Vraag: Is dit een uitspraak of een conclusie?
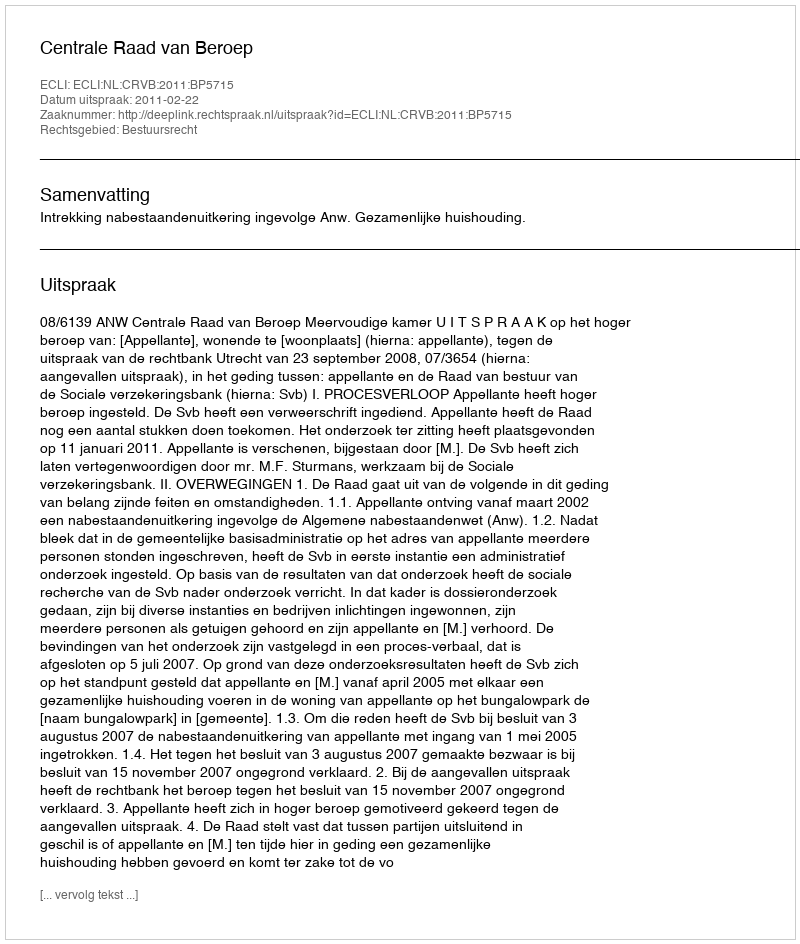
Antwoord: Uitspraak